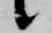
候